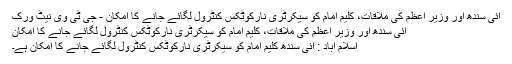
آئی سندھ اور وزیر اعظم کی ملاقات، کلیم امام کو سیکرٹری نارکوٹکس کنٹرول لگائے جانے کا امکان - جی ٹی وی نیٹ ورک
آئی سندھ اور وزیر اعظم کی ملاقات، کلیم امام کو سیکرٹری نارکوٹکس کنٹرول لگائے جانے کا امکان
اسلام آباد : آئی سندھ کلیم امام کو سیکرٹری نارکوٹکس کنٹرول لگائے جانے کا امکان ہے۔